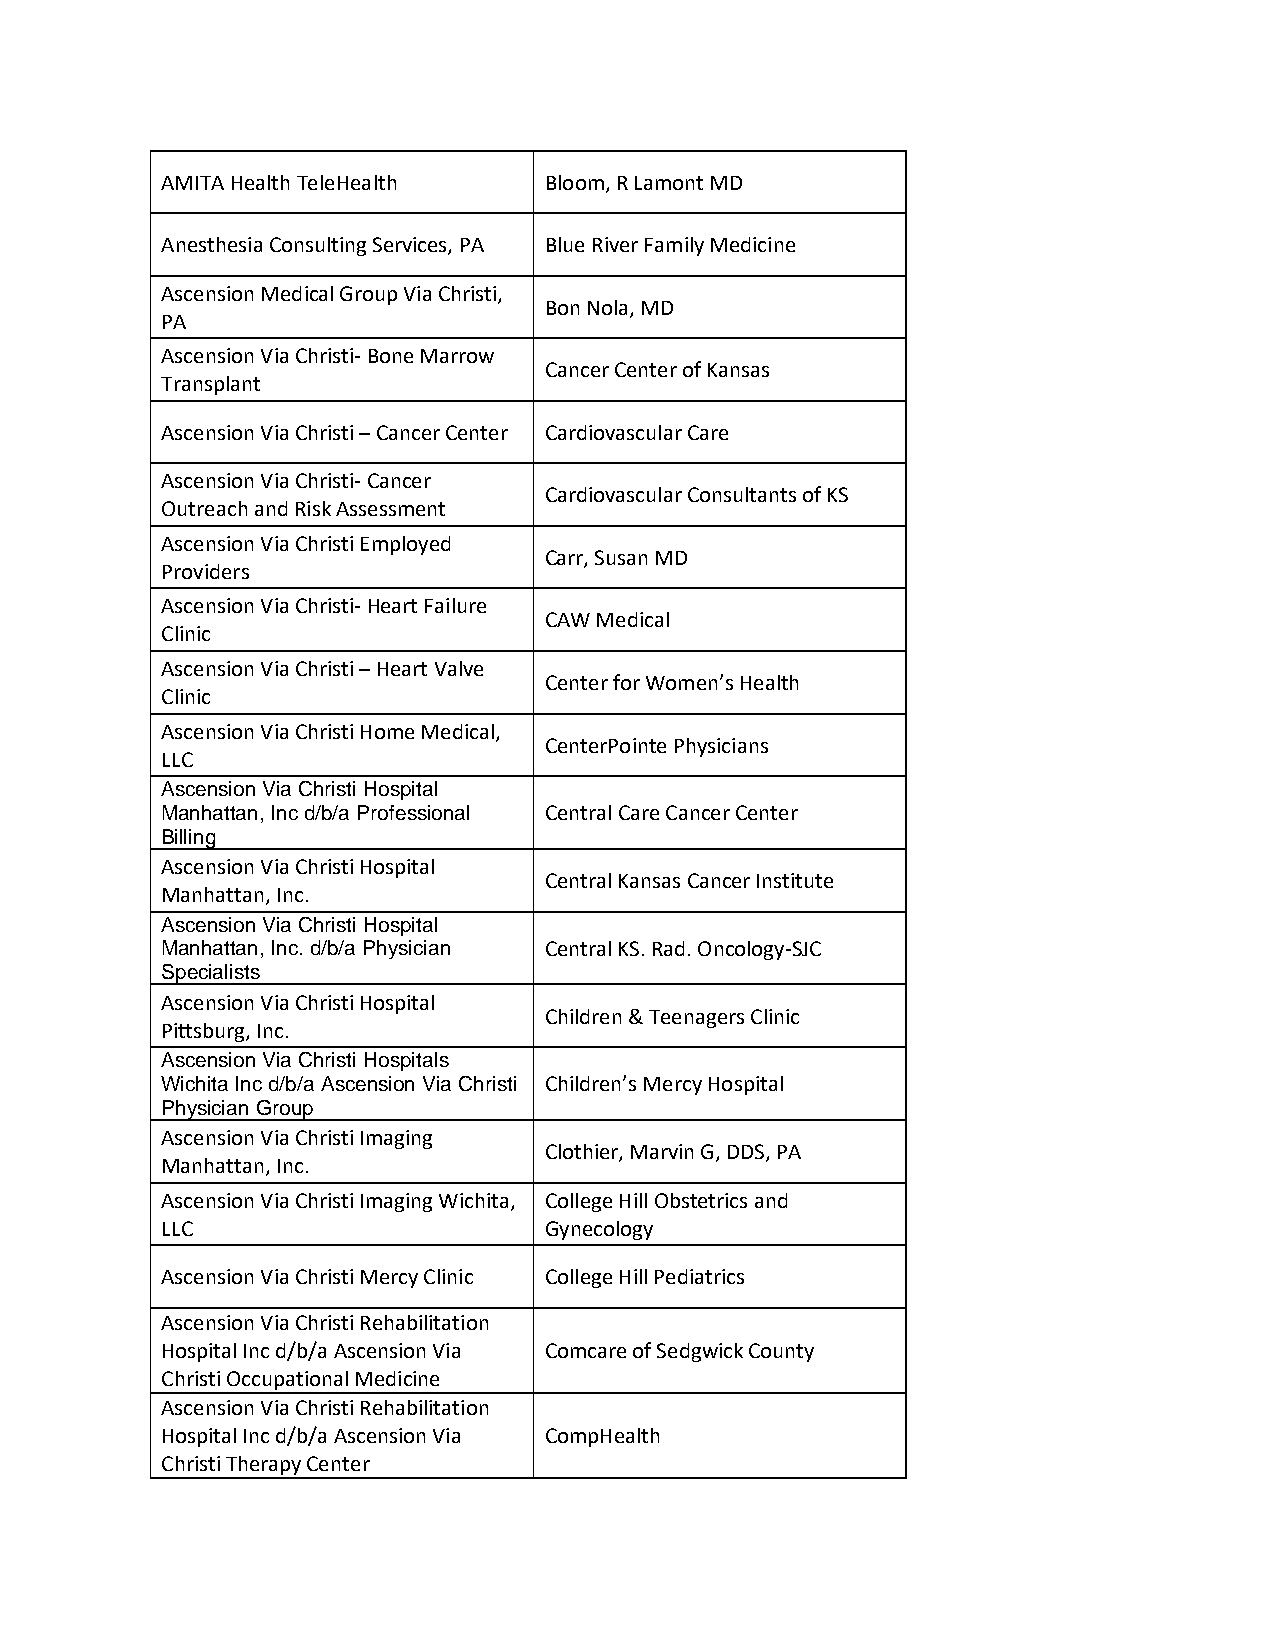
AMITA Health TeleHealth  Bloom, R Lamont MD
 Anesthesia Consulting Services, PA Blue River Family Medicine
 Ascension Medical Group Via Christi,
 Bon Nola, MD
 PA
 Ascension Via Christi- Bone Marrow
 Cancer Center of Kansas
 Transplant
 Ascension Via Christi – Cancer Center Cardiovascular Care
 Ascension Via Christi- Cancer
 Cardiovascular Consultants of KS
 Outreach and Risk Assessment
 Ascension Via Christi Employed
 Carr, Susan MD
 Providers
 Ascension Via Christi- Heart Failure
 CAW Medical
 Clinic
 Ascension Via Christi – Heart Valve
 Center for Women’s Health
 Clinic
 Ascension Via Christi Home Medical,
 CenterPointe Physicians
 LLC
 Ascension Via Christi Hospital
 Manhattan, Inc d/b/a Professional Central Care Cancer Center
 Billing
 Ascension Via Christi Hospital
 Central Kansas Cancer Institute
 Manhattan, Inc.
 Ascension Via Christi Hospital
 Manhattan, Inc. d/b/a Physician Central KS. Rad. Oncology-SJC
 Specialists
 Ascension Via Christi Hospital
 Children & Teenagers Clinic
 Pittsburg, Inc.
 Ascension Via Christi Hospitals
 Wichita Inc d/b/a Ascension Via Christi Children’s Mercy Hospital
 Physician Group
 Ascension Via Christi Imaging
 Clothier, Marvin G, DDS, PA
 Manhattan, Inc.
 Ascension Via Christi Imaging Wichita, College Hill Obstetrics and
 LLC                      Gynecology
 Ascension Via Christi Mercy Clinic College Hill Pediatrics
 Ascension Via Christi Rehabilitation
 Hospital Inc d/b/a Ascension Via Comcare of Sedgwick County
 Christi Occupational Medicine
 Ascension Via Christi Rehabilitation
 Hospital Inc d/b/a Ascension Via CompHealth
 Christi Therapy Center